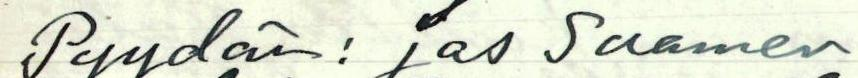
Pyydän: jos Suomen